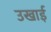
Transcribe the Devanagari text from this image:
उखाई